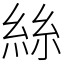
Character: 絲